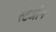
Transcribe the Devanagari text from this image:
स्टेजीन